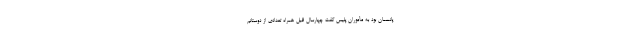
پانسمان بود به مأموران پلیس گفت چهارسال قبل همراه تعدادی از دوستانم